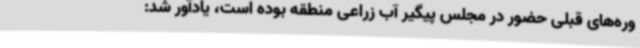
وره‌های قبلی حضور در مجلس پیگیر آب زراعی منطقه بوده است، یادآور شد: